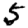
Digit: 5